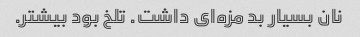
نان بسیار بد مزه‌ای داشت. تلخ بود بیشتر.